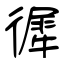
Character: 徲